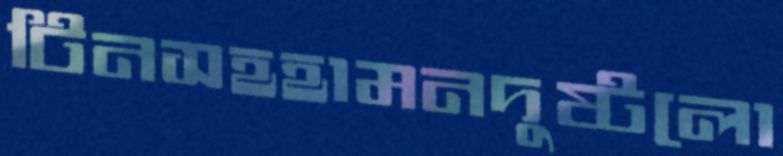
টিনসহহামনদুষ্টলো